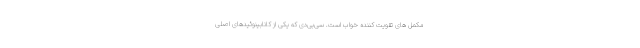
مکمل های تقویت کننده خواب است. سی‌بی‌دی که یکی از کانابینوئیدهای اصلی